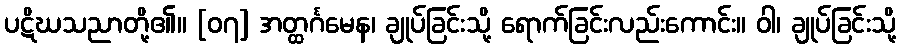
ပဋိဃသညာတို့၏။ [၀၇] အတ္ထင်္ဂမေန၊ ချုပ်ခြင်းသို့ ရောက်ခြင်းလည်းကောင်း။ ဝါ၊ ချုပ်ခြင်းသို့